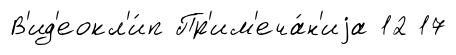
В'ид'еокл'и́п Пр'им'еча́н'иjа 12 17